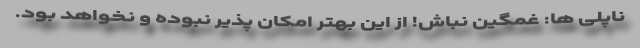
ناپلی ها: غمگین نباش! از این بهتر امکان پذیر نبوده و نخواهد بود.